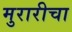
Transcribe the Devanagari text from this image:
मुरारीचा